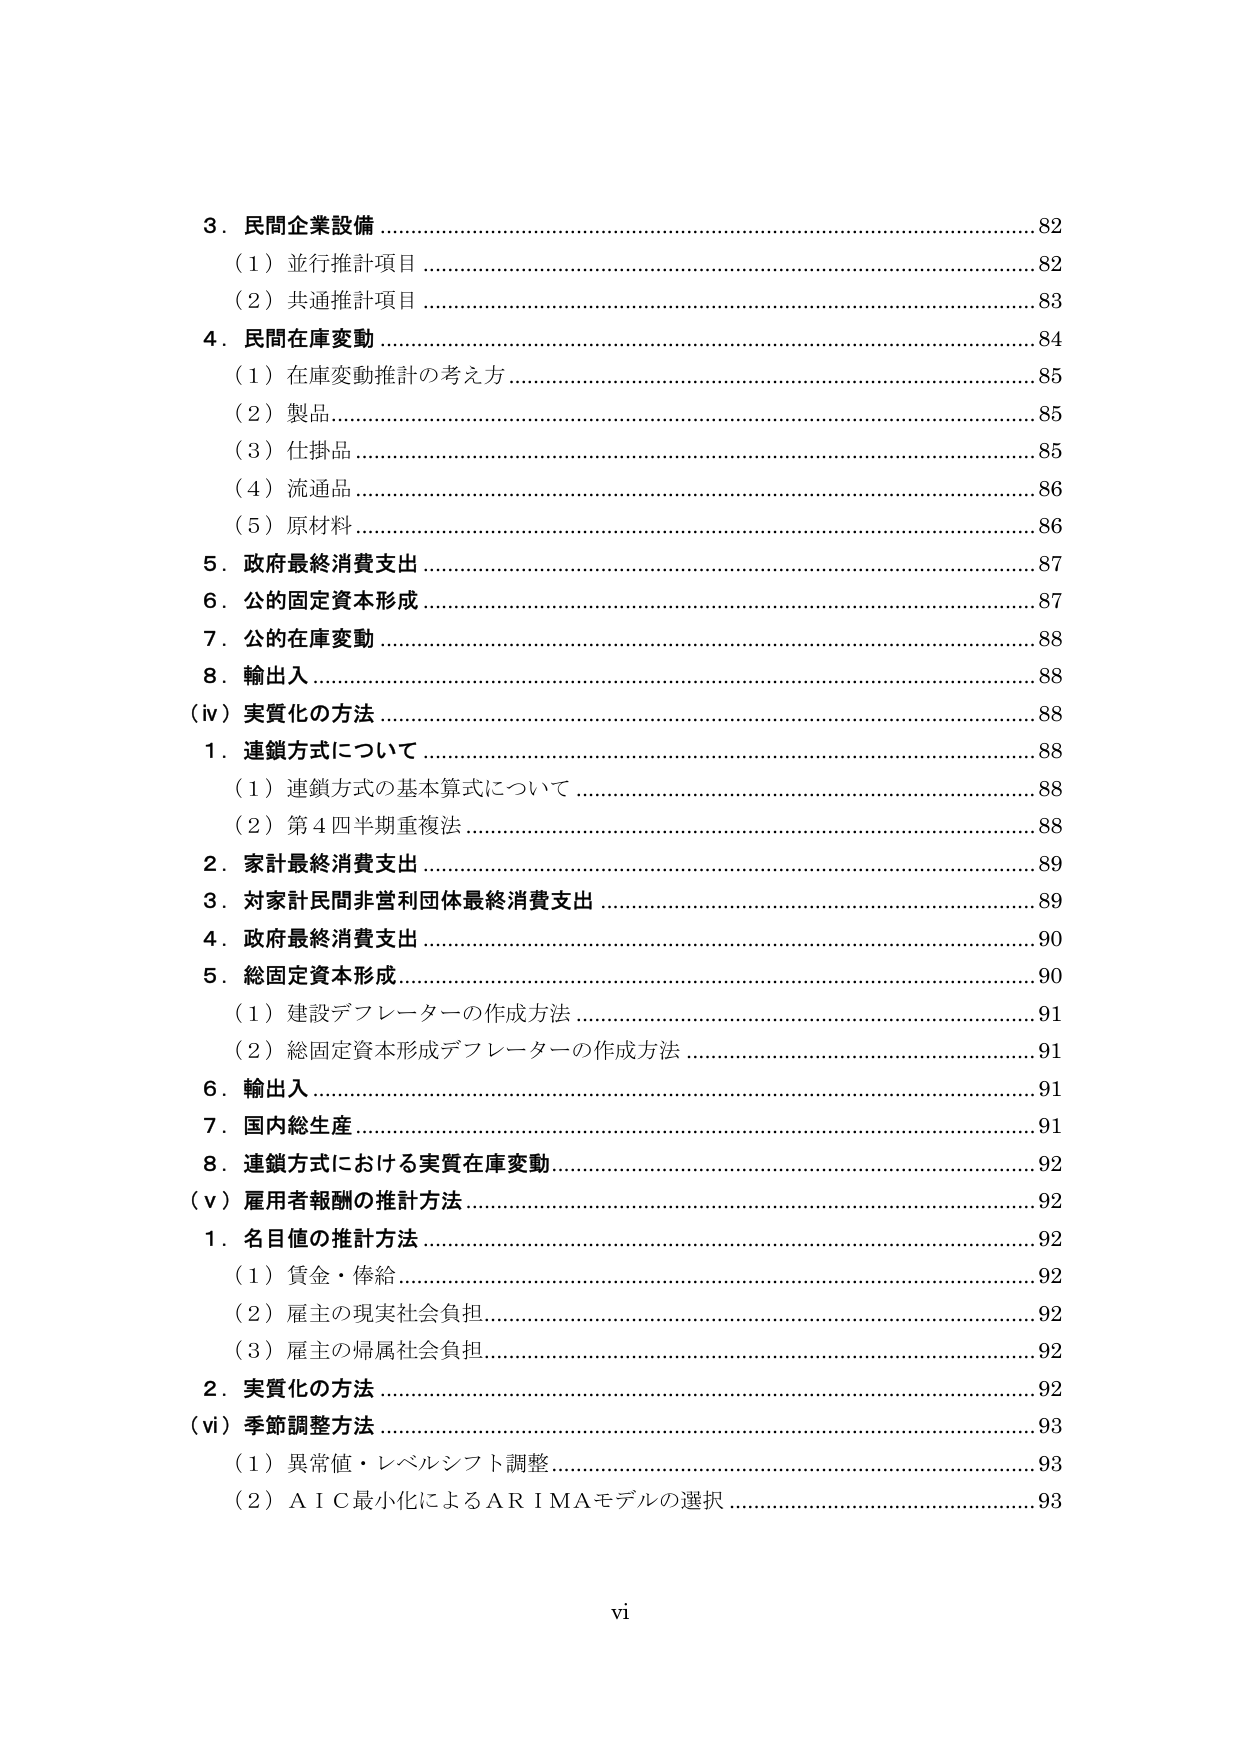
3．民間企業設備 ………………………………………………………………82
　（1）並行推計項目 ……………………………………………………………82
　（2）共通推計項目 ……………………………………………………………83
4．民間在庫変動 ………………………………………………………………84
　（1）在庫変動推計の考え方 …………………………………………………85
　（2）製品 ………………………………………………………………………85
　（3）仕掛品 ……………………………………………………………………85
　（4）流通品 ……………………………………………………………………86
　（5）原材料 ……………………………………………………………………86
5．政府最終消費支出 …………………………………………………………87
6．公的固定資本形成 …………………………………………………………87
7．公的在庫変動 ………………………………………………………………88
8．輸出入 ………………………………………………………………………88
（iv）実質化の方法 ……………………………………………………………88
　1．連鎖方式について …………………………………………………………88
　　（1）連鎖方式の基本算式について …………………………………………88
　　（2）第4四半期重複法 ………………………………………………………88
　2．家計最終消費支出 …………………………………………………………89
　3．対家計民間非営利団体最終消費支出 ……………………………………89
　4．政府最終消費支出 …………………………………………………………90
　5．総固定資本形成 ……………………………………………………………90
　　（1）建設デフレーターの作成方法 …………………………………………91
　　（2）総固定資本形成デフレーターの作成方法 ……………………………91
　6．輸出入 ………………………………………………………………………91
　7．国内総生産 …………………………………………………………………91
　8．連鎖方式における実質在庫変動 …………………………………………92
（v）雇用者報酬の推計方法 …………………………………………………92
　1．名目値の推計方法 …………………………………………………………92
　　（1）賃金・俸給 ………………………………………………………………92
　　（2）雇主の現実社会負担 ……………………………………………………92
　　（3）雇主の帰属社会負担 ……………………………………………………92
　2．実質化の方法 ………………………………………………………………92
（vi）季節調整方法 ……………………………………………………………93
　（1）異常値・レベルシフト調整 ……………………………………………93
　（2）ＡＩＣ最小化によるＡＲＩＭＡモデルの選択 …………………………93

vi